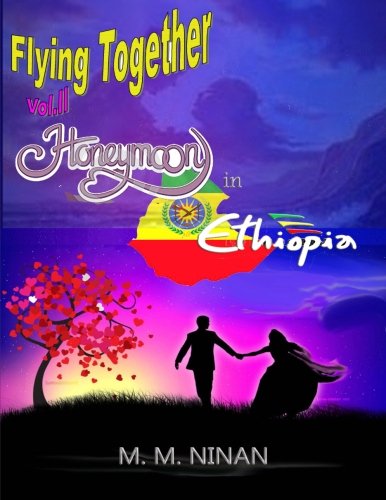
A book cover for Honeymoon in Ethiopia (Flying Together) (Volume 2); M M Ninan; Crafts, Hobbies & Home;